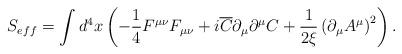
LaTeX: \begin{align*}S_{eff} = \int {d^4 } x\left( { - \frac{1}{4}F^{\mu \nu } F_{\mu\nu } + i\overline C \partial _\mu \partial ^\mu C +\frac{1}{{2\xi }}\left( {\partial _\mu A^\mu } \right)^2 }\right).\end{align*}